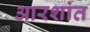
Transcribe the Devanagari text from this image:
आरशांत